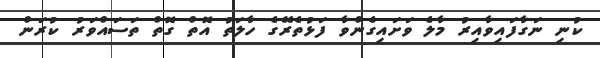
ކުނި ނަގާފައިވާއިރު މާލެ ވަށައިގެންވާ ފަޅުތެރޭގެ ހާލަތު އޮތް ގޮތް ތަސައްވަރު ކުރަން